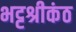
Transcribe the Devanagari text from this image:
भट्टश्रीकंठ